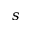
s